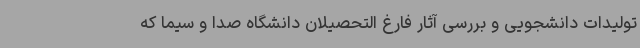
تولیدات دانشجویی و بررسی آثار فارغ التحصیلان دانشگاه صدا و سیما که